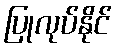
ပြုလုပ်နိုင်